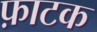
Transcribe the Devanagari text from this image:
फ़ाटक